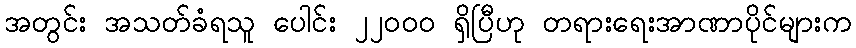
အတွင်း အသတ်ခံရသူ ပေါင်း ၂၂၀၀၀ ရှိပြီဟု တရားရေးအာဏာပိုင်များက